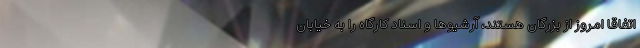
اتفاقا امروز از بزرگان هستند، آرشیوها و اسناد کارگاه را به خیابان